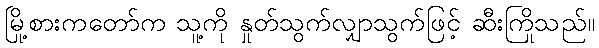
မြို့စားကတော်က သူ့ကို နှုတ်သွက်လျှာသွက်ဖြင့် ဆီးကြိုသည်။